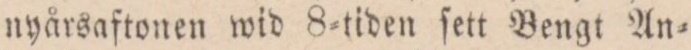
nyårsaftonen wid 8=tiden ſett Bengt An=